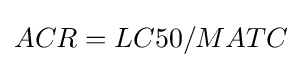
ACR=LC50/MATC